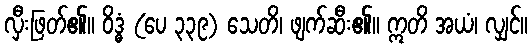
လှီးဖြတ်၏။ ဝိဒ္ဓံ (ပေ ၃၃၉) သေတိ၊ ဖျက်ဆီး၏။ ဣတိ အယံ၊ လျှင်။